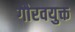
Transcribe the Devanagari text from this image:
गौरवयुक्त